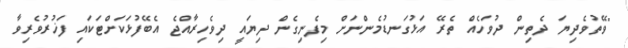
"ވޭތުވެދިޔަ ދެތިން ދުވަހެއް ތެރޭ އަޅުގަނޑުމެންނަށް މިފެނިގެން ދިޔައީ ދިވެހިރާއްޖެ އެބޭފުޅަކަށްޓަކައި ފަޚުރުވެރިވާ